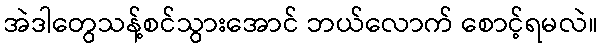
အဲဒါတွေသန့်စင်သွားအောင် ဘယ်လောက် စောင့်ရမလဲ။